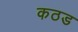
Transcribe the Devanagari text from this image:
कठड